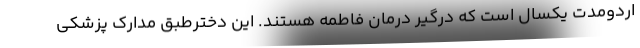
اردومدت یکسال است که درگیر درمان فاطمه هستند. این دخترطبق مدارک پزشکی